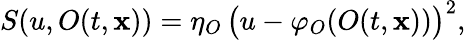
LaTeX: S(u,O(t,\mathbf{x}))=\eta_{O}\, \big(u-\varphi_{O}(O(t,\mathbf{x}))\big)^{2},